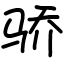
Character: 骄